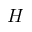
H